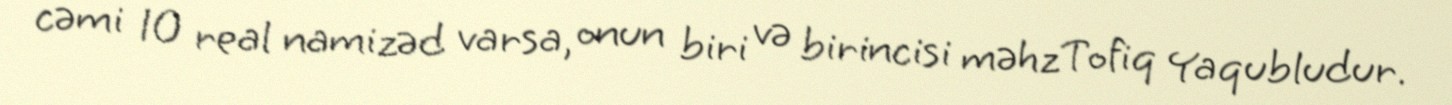
cəmi 10 real namizəd varsa, onun biri və birincisi məhz Tofiq Yaqubludur.